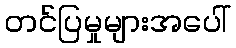
တင်ပြမှုများအပေါ်